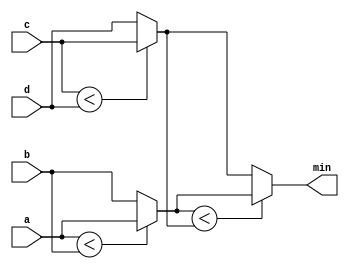
module top_module (
    input [7:0] a, b, c, d,
    output [7:0] min);//

    // assign intermediate_result1 = compare? true: false;
    wire [7:0] min1, min2;
    assign min1 = ((a < b) ? a : b);
    assign min2 = ((c < d) ? c : d);
    assign min = ((min1 < min2) ? min1 : min2);
        

endmodule